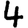
Digit: 4